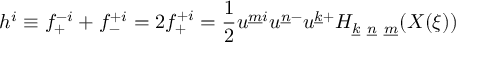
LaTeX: h ^ { i } \equiv f _ { + } ^ { - i } + f _ { - } ^ { + i } = 2 f _ { + } ^ { + i } = { \frac { 1 } { 2 } } u ^ { \underline { { { m } } } i } u ^ { \underline { { { n } } } - } u ^ { \underline { { { k } } } + } H _ { \underline { { { k } } } ~ \underline { { { n } } } ~ \underline { { { m } } } } ( X ( \xi ) )